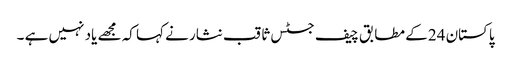
پاکستان 24 کے مطابق چیف جسٹس ثاقب نثار نے کہا کہ مجھے یاد نہیں ہے ۔